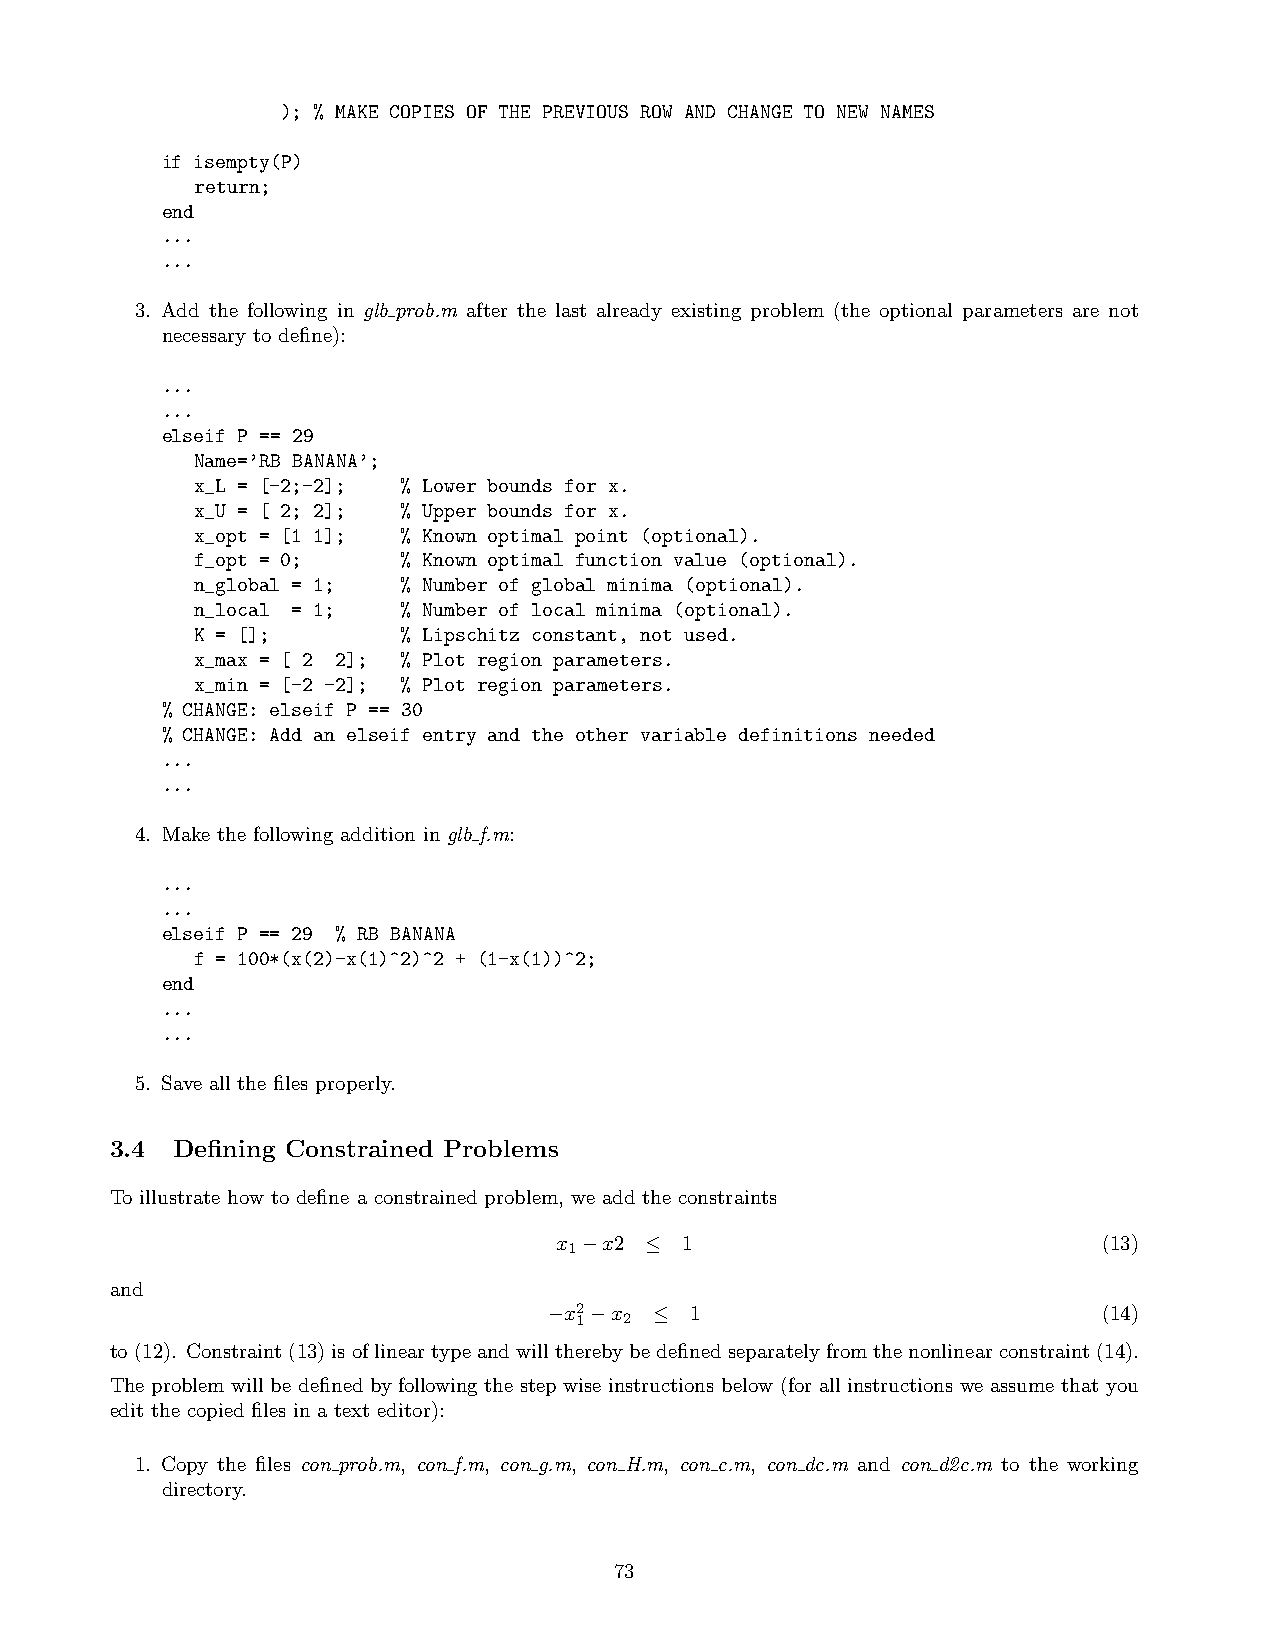
); % MAKE COPIES OF THE PREVIOUS ROW AND CHANGE TO NEW NAMES
 if isempty(P)
 return;
 end
 ...
 ...
 3. Add the following in glb prob.m after the last already existing problem (the optional parameters are not
 necessary to define):
 ...
 ...
 elseif P == 29
 Name=’RB BANANA’;
 x_L = [-2;-2]; % Lower bounds for x.
 x_U = [ 2; 2]; % Upper bounds for x.
 x_opt = [1 1]; % Known optimal point (optional).
 f_opt = 0;    % Known optimal function value (optional).
 n_global = 1; % Number of global minima (optional).
 n_local = 1;  % Number of local minima (optional).
 K = [];       % Lipschitz constant, not used.
 x_max = [ 2 2]; % Plot region parameters.
 x_min = [-2 -2]; % Plot region parameters.
 % CHANGE: elseif P == 30
 % CHANGE: Add an elseif entry and the other variable definitions needed
 ...
 ...
 4. Make the following addition in glb f.m:
 ...
 ...
 elseif P == 29 % RB BANANA
 f = 100*(x(2)-x(1)^2)^2 + (1-x(1))^2;
 end
 ...
 ...
 5. Save all the files properly.
 3.4 Defining Constrained Problems
 To illustrate how to define a constrained problem, we add the constraints
 x1−x2 ≤ 1                           (13)
 and
 −x2 1−x2 ≤ 1                         (14)
 to(12). Constraint(13)isoflineartypeandwilltherebybedefinedseparatelyfromthenonlinearconstraint(14).
 The problem will be defined by following the step wise instructions below (for all instructions we assume that you
 edit the copied files in a text editor):
 1. Copy the files con prob.m, con f.m, con g.m, con H.m, con c.m, con dc.m and con d2c.m to the working
 directory.
 73